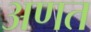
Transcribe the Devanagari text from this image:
अणत